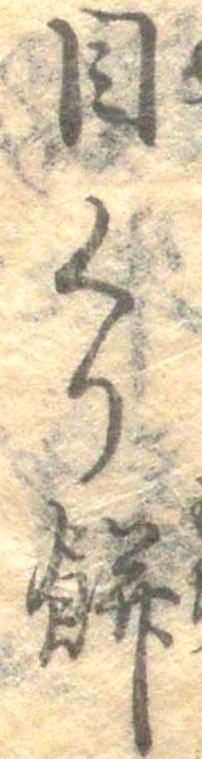
目くり餅